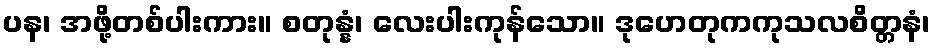
ပန၊ အဖို့တစ်ပါးကား။ စတုန္နံ၊ လေးပါးကုန်သော။ ဒုဟေတုကကုသလစိတ္တနံ၊